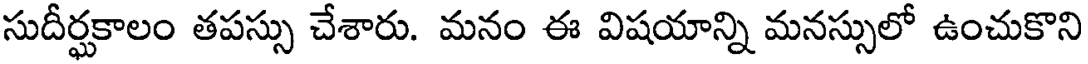
సుదీర్ఘకాలం తపస్సు చేశారు. మనం ఈ విషయాన్ని మనస్సులో ఉంచుకొని